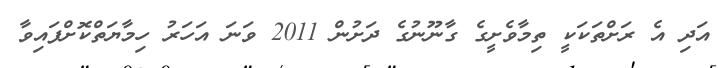
އަދި އެ ރަށްތަކަކީ ތިމާވެށީގެ ގާނޫނުގެ ދަށުން 2011 ވަނަ އަހަރު ހިމާޔަތްކޮށްފައިވާ